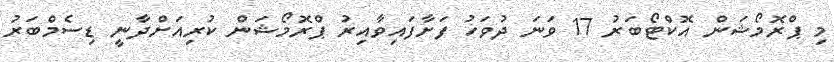
މި ޕްރޮމޯޝަން އޮކްޓޯބަރު 17 ވަނަ ދުވަހު ފަށާފައިވާއިރު ޕްރޮމޯޝަން ކުރިއަށްދާނީ ޑިސެމްބަރު